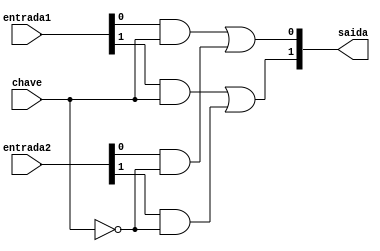
// ------------------------- 
// Exemplo0032 - F4 
// Nome: Michelle da Costa Silva 
// -------------------------
 
// ------------------------- 
// f4_gate 
// ------------------------- 

    module sel (output [1:0]saida, input [1:0]entrada1, input [1:0]entrada2, input chave); 

		wire [3:0]s1; 
		wire saida_not;

	   not NOT1(saida_not, chave); 
	 
	   and AND1(s1[0], entrada1[0], chave);
      and AND2(s1[1], entrada1[1], chave);
    
	   and AND3(s1[2], entrada2[0], saida_not);
      and AND4(s1[3], entrada2[1], saida_not);
     	 
	   or OR1(saida[0], s1[0], s1[2]);
      or OR2(saida[1], s1[1], s1[3]);
   
	 endmodule // sel 

    module f4 (output [1:0]s, input [1:0]entrada1, input [1:0]entrada2, input chave);
	   
	  wire [1:0]saida_and;
	  wire [1:0]saida_or;
					
	  and AND1(saida_and[0], entrada1[0], entrada2[0]);
     and AND2(saida_and[1], entrada1[1], entrada2[1]);

	  or OR1(saida_or[0], entrada1[0], entrada2[0]);
     or OR2(saida_or[1], entrada1[1], entrada2[1]);
	 
	  sel SEL1 (s, saida_and, saida_or, chave);

	 endmodule //f4

// ------------------------- 
// -- test f4
// -------------------------
    
	  module test_f4; 

// ------------------------- definir dados 
    
	 reg  [1:0] x;
	 reg  [1:0] y;
	 reg  c;
	 wire [1:0] s;

	 
// ------------------------- instancia 
	 
     f4 modulo (s, x, y, c);
	  
// ------------------------- parte principal 
    
	 initial begin

      $display("Exemplo0032 - Michelle da Costa Silva");
      $display("Test LU's module");
      $display("Legenda da chave: O-OR 1-AND \n");
		
       #1 x = 2'b01; y = 2'b10; c = 0;
		$monitor("Chave = %1b\t x = %2b\t y = %2b\t Resultado -> %2b", c, x, y, s);
		 #1 x = 2'b01; y = 2'b10; c = 1;
		
		 #1 x = 2'b11; y = 2'b00; c = 0;
		 #1 x = 2'b11; y = 2'b00; c = 1;
		
		 #1 x = 2'b10; y = 2'b10; c = 0;
		 #1 x = 2'b10; y = 2'b10; c = 1;
		 
		 #1 x = 2'b01; y = 2'b00; c = 0;
		 #1 x = 2'b01; y = 2'b00; c = 1;
		
		end
endmodule // test_f4